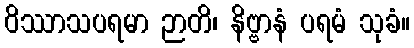
ဝိဿာသပရမာ ဉာတိ၊ နိဗ္ဗာနံ ပရမံ သုခံ။